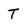
Character: T